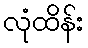
လုံထိန်း